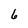
Character: 6